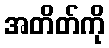
အတိတ်ကို